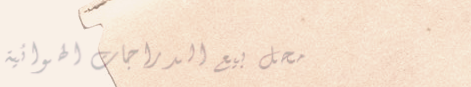
محل بيع الدراجات الهوائية